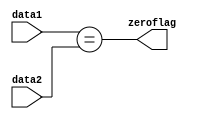
`timescale 1ns / 1ps
//////////////////////////////////////////////////////////////////////////////////
// Company: 
// Engineer: 
// 
// Design Name: 
// Module Name: equalityChecker
// Project Name: 
// Target Devices: 
// Tool Versions: 
// Description: 
// 
// Dependencies: 
// 
// Revision:
// Revision 0.01 - File Created
// Additional Comments:
// 
//////////////////////////////////////////////////////////////////////////////////


module equalityChecker(
input [31:0] data1,
input [31:0] data2,
output zeroflag
    );
assign zeroflag = (data1 == data2);
endmodule